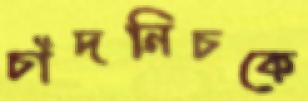
চাঁদনিচকে